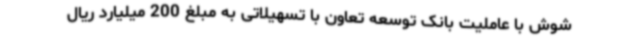
شوش با عاملیت بانک توسعه تعاون با تسهیلاتی به مبلغ 200 میلیارد ریال